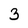
Character: 3